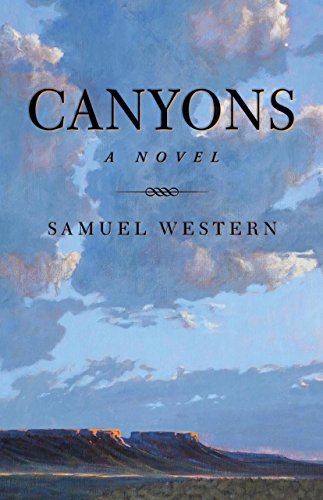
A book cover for Canyons: A Novel; Samuel Western; Literature & Fiction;